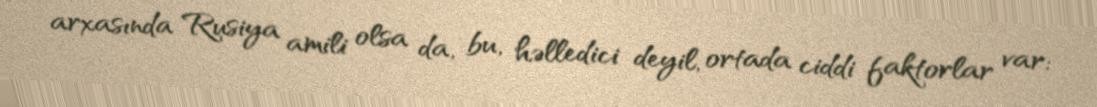
arxasında Rusiya amili olsa da, bu, həlledici deyil, ortada ciddi faktorlar var: